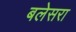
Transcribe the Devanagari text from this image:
बलेसरा